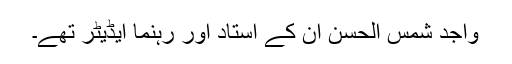
واجد شمس الحسن ان کے استاد اور رہنما ایڈیٹر تھے۔